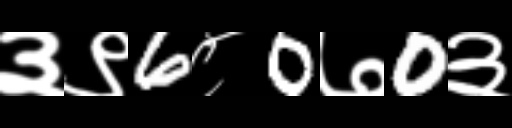
Text: ३९6८0७0३